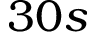
3 0 s